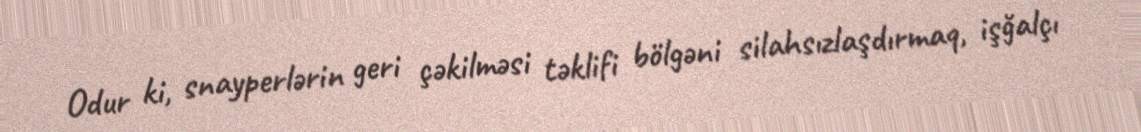
Odur ki, snayperlərin geri çəkilməsi təklifi bölgəni silahsızlaşdırmaq, işğalçı